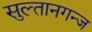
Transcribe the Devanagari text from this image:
सुल्तानगन्ज